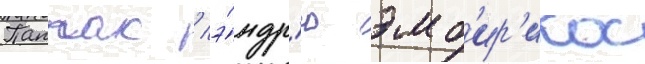
Паппас / э́ндр'ю эмб'ир'икос